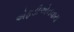
એફડીએનવાય